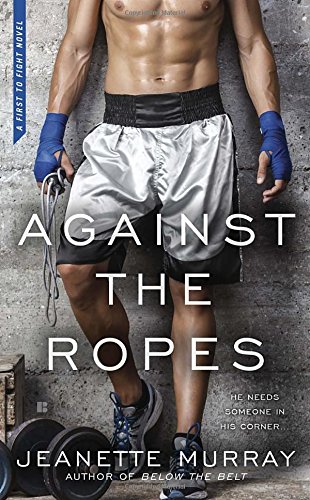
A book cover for Against the Ropes (First to Fight); Jeanette Murray; Romance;